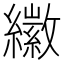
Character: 𦆮